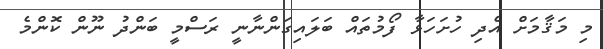
މި މަޤާމަށް އެދި ހުށަހަޅާ ފޯމުތައް ބަލައިގަންނާނީ ރަސްމީ ބަންދު ނޫން ކޮންމެ